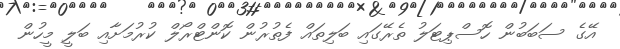
އޭގެ ސަބަބުން ހޮސްޕިޓަލު ތެރޭގައި ބަލިތައް ފެތުރުން ކޮންޓްރޯލް ކުރުމަށާއި ބަލީ މީހުން